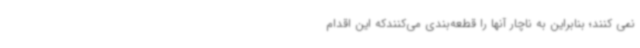
نمی کنند؛ بنابراین به ناچار آنها را قطعه‌بندی می‌کنندکه این اقدام